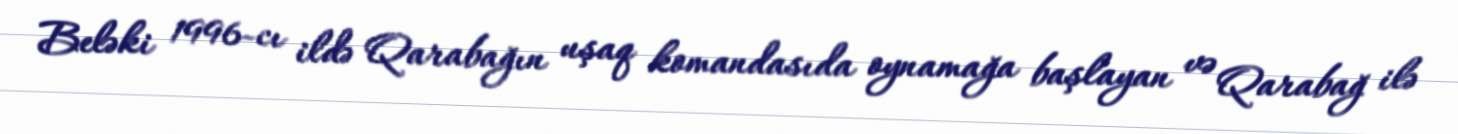
Beləki 1996-cı ildə Qarabağın uşaq komandasıda oynamağa başlayan və Qarabağ ilə